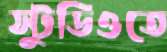
স্টুডিওতে